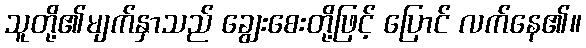
သူတို့၏မျက်နှာသည် ချွေးစေးတို့ဖြင့် ပြောင် လက်နေ၏။